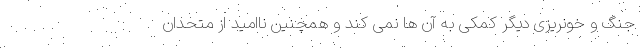
جنگ و خونریزی دیگر کمکی به آن ها نمی کند و همچنین ناامید از متحدان